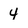
Character: 4